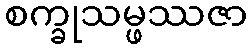
စက္ခုသမ္ဖဿဇာ